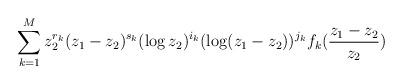
LaTeX: \begin{align*}\sum_{k = 1}^M z_2^{r_k}(z_1 - z_2)^{s_k}(\log z_2)^{i_k}(\log (z_1 - z_2))^{j_k}f_k(\frac{z_1 - z_2}{z_2})\end{align*}